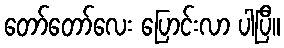
တော်တော်လေး ပြောင်းလာ ပါပြီ။